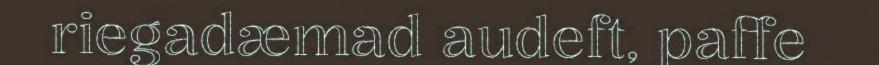
riegadæmad audeft, paffe